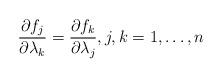
LaTeX: \begin{align*}\frac{\partial f_j}{\partial\lambda_k}=\frac{\partial f_k}{\partial\lambda_j},j,k=1,\dots,n\end{align*}